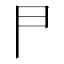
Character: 𠁣